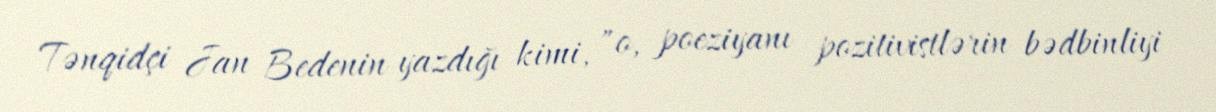
Tənqidçi Jan Bedenin yazdığı kimi, "o, poeziyanı pozitivistlərin bədbinliyi